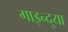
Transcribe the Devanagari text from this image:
गाइन्दुया